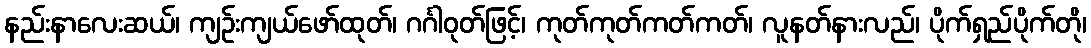
နည်းနာလေးဆယ်၊ ကျဉ်းကျယ်ဖော်ထုတ်၊ ဂင်္ဂါဝုတ်ဖြင့်၊ ကုတ်ကုတ်ကတ်ကတ်၊ လူနတ်နားလည်၊ ပိုက်ရှည်ပိုက်တို၊